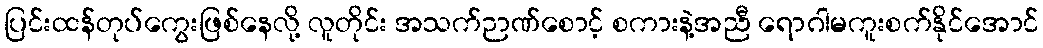
ပြင်းထန်တုပ်ကွေးဖြစ်နေလို့ လူတိုင်း အသက်ဉာဏ်စောင့် စကားနဲ့အညီ ရောဂါမကူးစက်နိုင်အောင်